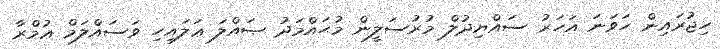
ހިޖުރައިން ހަވަނަ އަހަރު ސައްޔިދުލް މުރުސަލީން މުޙައްމަދު ޞައްލަ ޢަލައިހި ވަސައްލަމް ޢުމްރާ